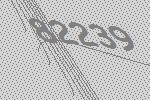
82239